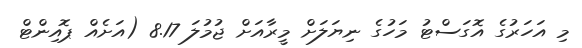
މި އަހަރުގެ އޮގަސްޓު މަހުގެ ނިޔަލަށް މީރާއަށް ޖުމުލަ 8.17 (އަށެއް ޕޮއިންޓް